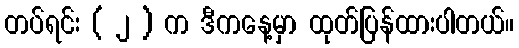
တပ်ရင်း ( ၂ ) က ဒီကနေ့မှာ ထုတ်ပြန်ထားပါတယ်။